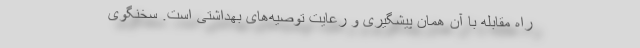
راه مقابله با آن همان پیشگیری و رعایت توصیه‌های بهداشتی است. سخنگوی